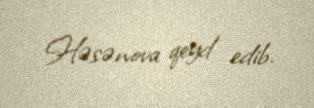
Həsənova qeyd edib.